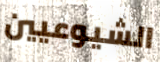
الشيوعيين